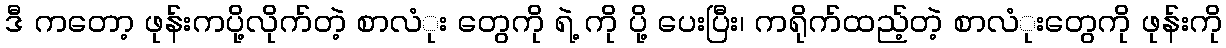
ဒီ ကတော့ ဖုန်းကပို့လိုက်တဲ့ စာလံုး တွေကို ရဲ့ ကို ပို့ ပေးပြီး၊ ကရိုက်ထည့်တဲ့ စာလံုးတွေကို ဖုန်းကို